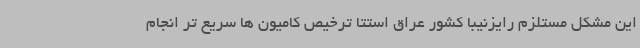
این مشکل مستلزم رایزنیبا کشور عراق استتا ترخیص کامیون ها سریع تر انجام